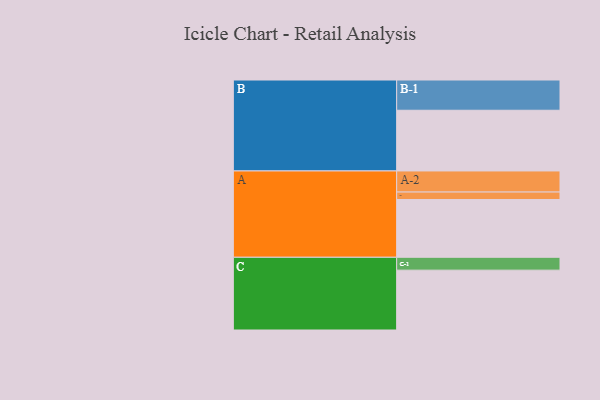
{"axis": {"x": "Segment", "y": "Value"}, "legend": ["", "A", "B", "C"], "data": [{"x": "A", "y": 535, "type": ""}, {"x": "B", "y": 562, "type": ""}, {"x": "C", "y": 554, "type": ""}, {"x": "A-1", "y": 69, "type": "A"}, {"x": "A-2", "y": 195, "type": "A"}, {"x": "B-1", "y": 280, "type": "B"}, {"x": "C-1", "y": 119, "type": "C"}]}